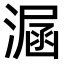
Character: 𣼇